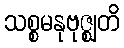
သစ္စမနုဗုဇ္ဈတိ